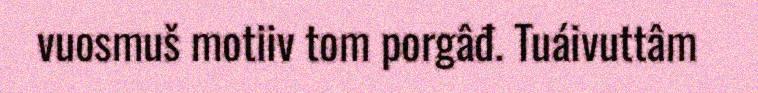
vuosmuš motiiv tom porgâđ. Tuáivuttâm